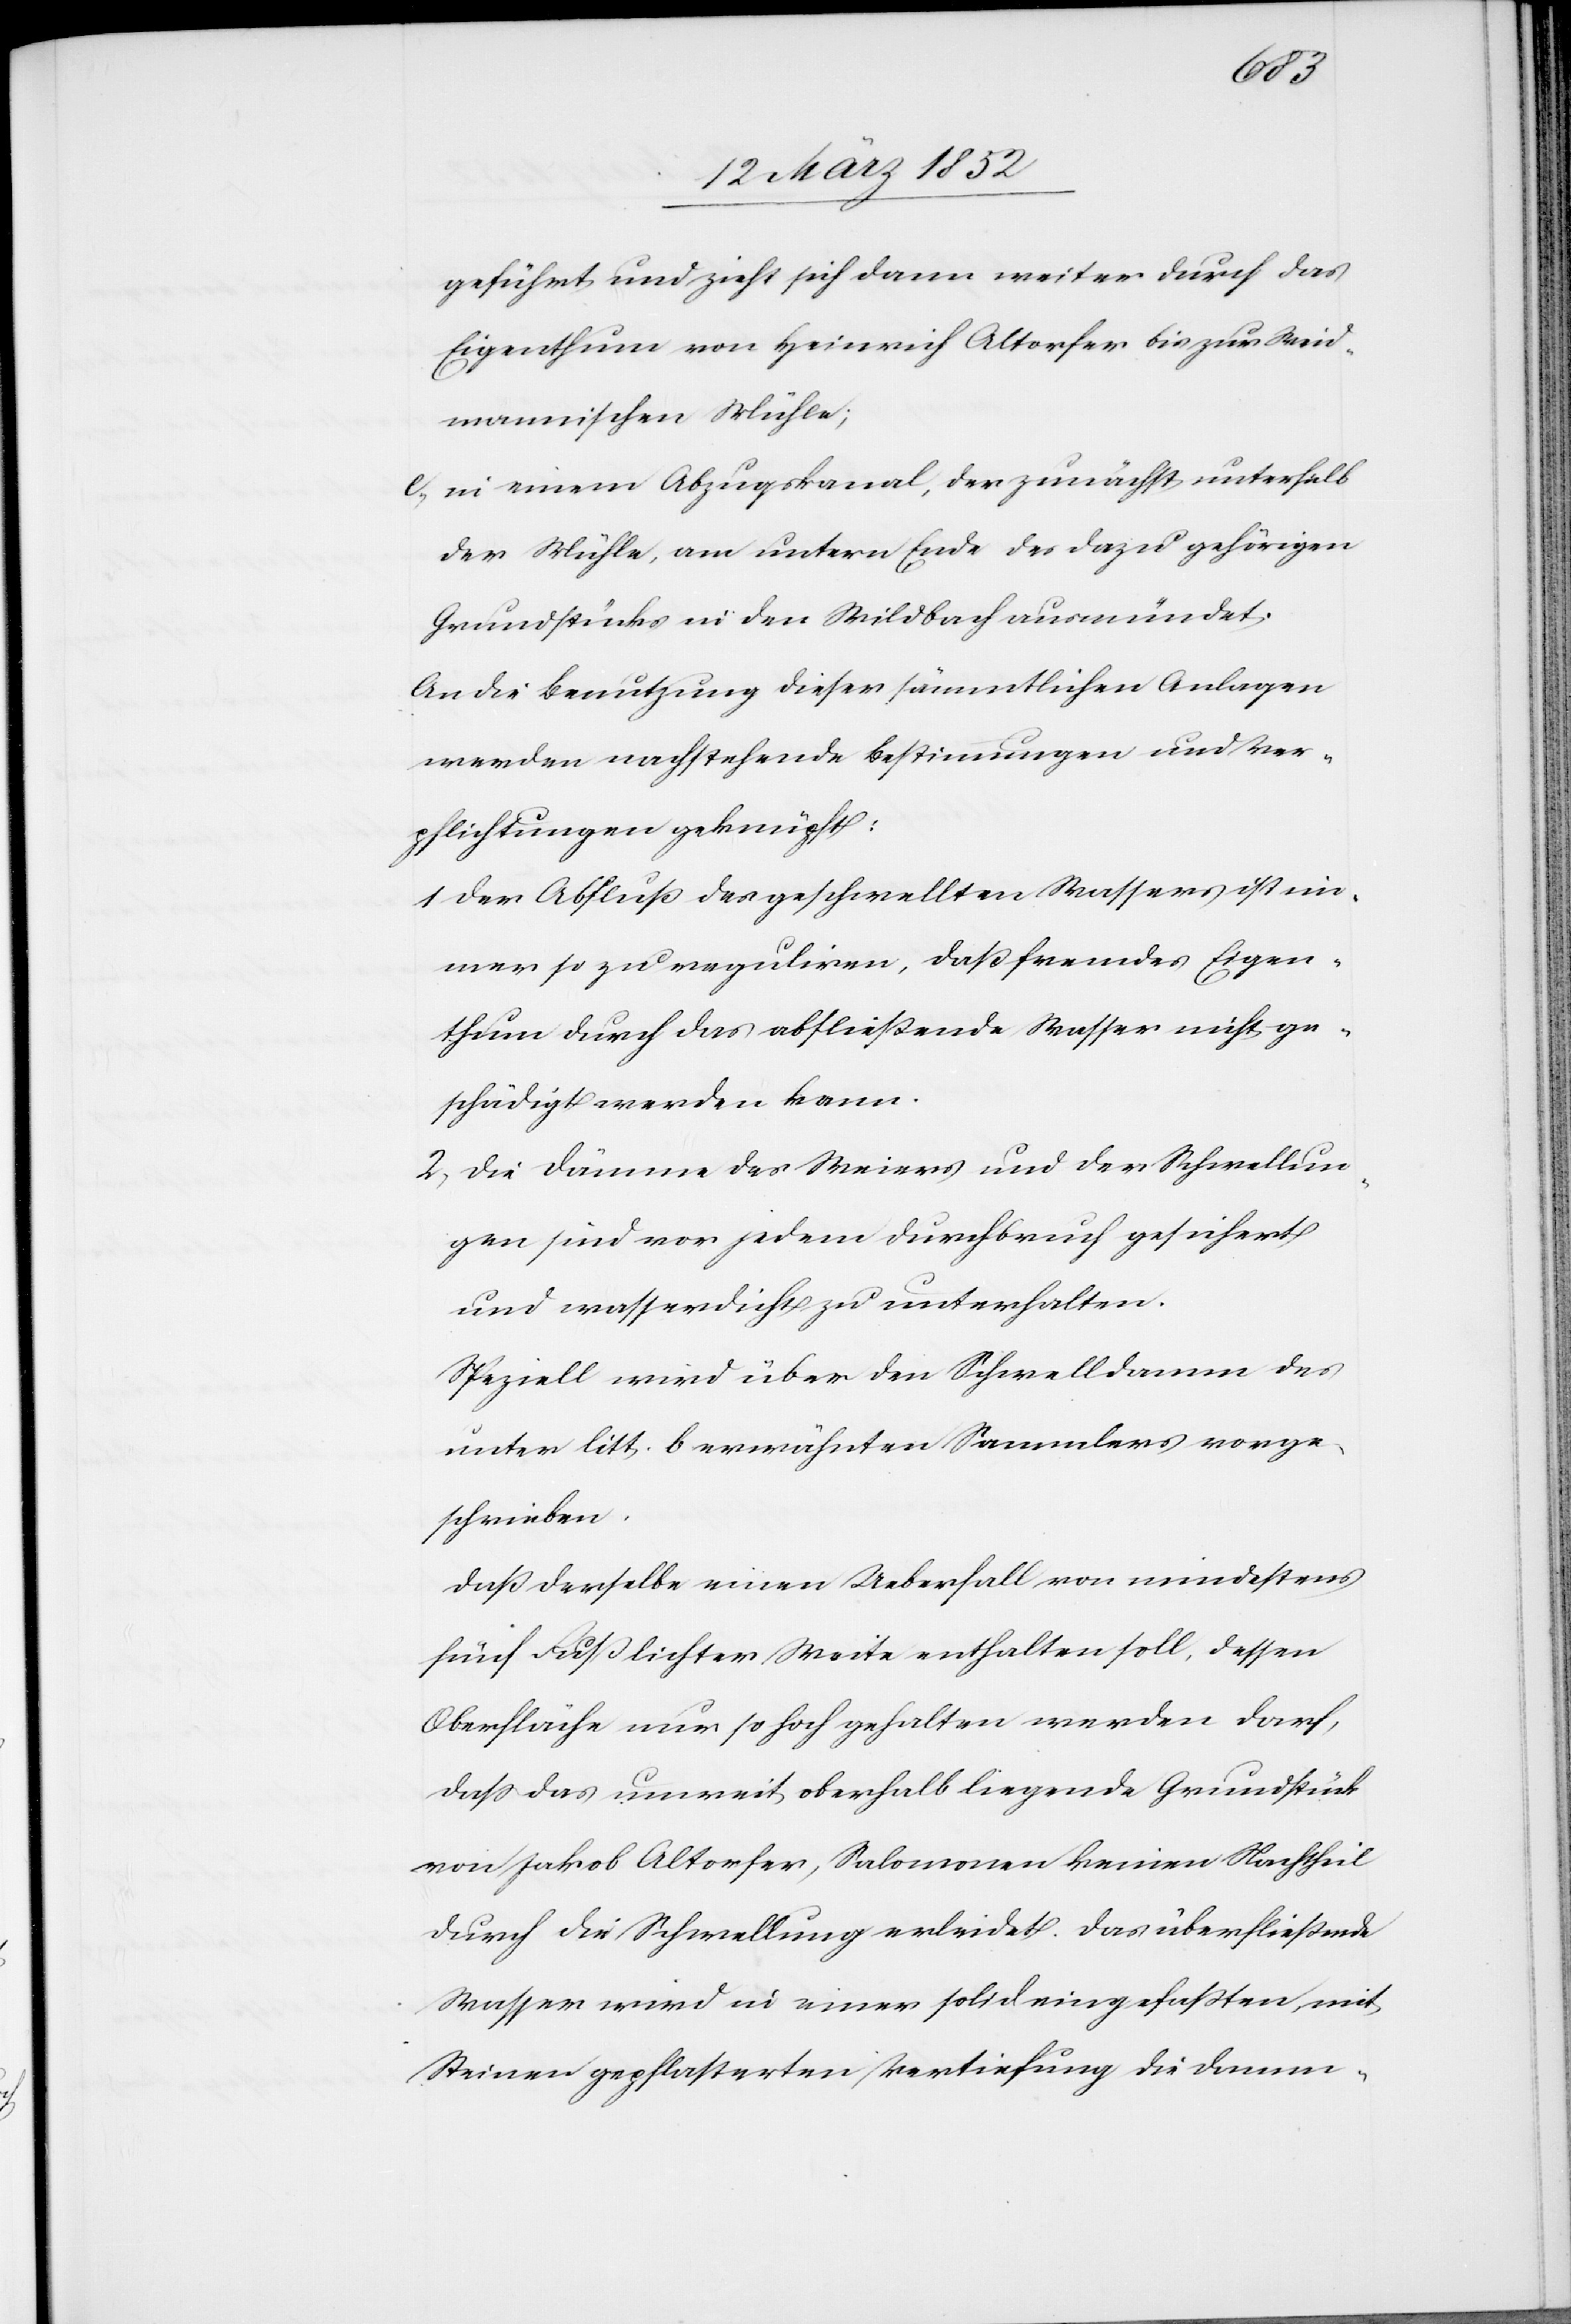
geführt und zieht sich dann weiter durch das
Eigenthum von Heinrich Altorfer bis zur Weid¬
mannischen Mühle;
c) in einem Abzugskanal, der zunächst unterhalb
der Mühle, am untern Ende des dazu gehörigen
Grundstücks in den Wildbach ausmündet.
An die Benutzung dieser sämmtlichen Anlagen
werden nachstehende Bestimmungen und Ver¬
pflichtungen geknüpft:
1 Der Abfluß des geschwellten Wassers ist im¬
mer so zu reguliren, daß fremdes Eigen¬
thum durch das abfließende Wasser nicht ge¬
schädigt werden kann.
2) Die Dämme des Weiers und der Schwellun¬
gen sind vor jedem Durchbruch gesichert
und wasserdicht zu unterhalten.
Speziell wird über den Schwelldamm des
unter litt. b erwähnten Sammlers vorge¬
schrieben,
daß derselbe einen Ueberfall von mindestens
fünf Fuß lichter Weite enthalten soll, dessen
Oberfläche nur so hoch gehalten werden darf,
daß das unweit oberhalb liegende Grundstück
von Jakob Altorfer, Salomonen keinen Nachtheil
durch die Schwellung erleidet. Das überfließende
Wasser wird in einer solid eingefaßten, mit
Steinen gepflasterten Vertiefung die Damm-